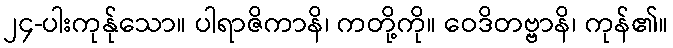
၂၄-ပါးကုန်ုသော။ ပါရာဇိကာနိ၊ ကတို့ကို။ ဝေဒိတဗ္ဗာနိ၊ ကုန်၏။